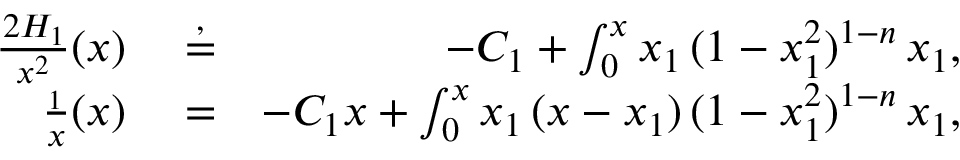
\begin{array} { r l r } { \frac { \d ^ { 2 } H _ { 1 } } { \d x ^ { 2 } } ( x ) } & { { } \stackrel { , } { = } } & { - C _ { 1 } + \int _ { 0 } ^ { x } x _ { 1 } \, ( 1 - x _ { 1 } ^ { 2 } ) ^ { 1 - n } \, \d x _ { 1 } , } \\ { \frac { \d H _ { 1 } } { \d x } ( x ) } & { { } \stackrel { } { = } } & { - C _ { 1 } x + \int _ { 0 } ^ { x } x _ { 1 } \, ( x - x _ { 1 } ) \, ( 1 - x _ { 1 } ^ { 2 } ) ^ { 1 - n } \, \d x _ { 1 } , } \end{array}